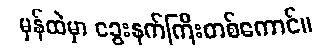
မှန်ထဲမှာ ခွေးနက်ကြီးတစ်ကောင်။